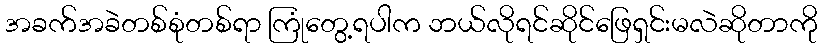
အခက်အခဲတစ်စုံတစ်ရာ ကြုံတွေ့ရပါက ဘယ်လိုရင်ဆိုင်ဖြေရှင်းမလဲဆိုတာကို